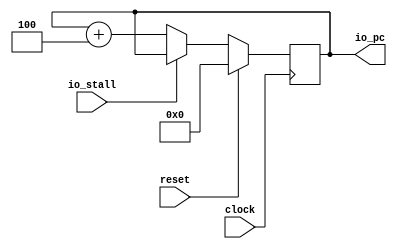
module FetchUnit(
  input         clock,
                reset,
                io_stall,
  output [31:0] io_pc
);
  reg [31:0] pc;
  always @(posedge clock) begin
    if (reset)
      pc <= 32'h0;
    else if (io_stall) begin
    end
    else
      pc <= pc + 32'h4;
  end
  assign io_pc = pc;
endmodule